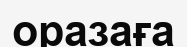
оразаға